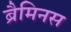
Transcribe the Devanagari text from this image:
ब्रैमिनस